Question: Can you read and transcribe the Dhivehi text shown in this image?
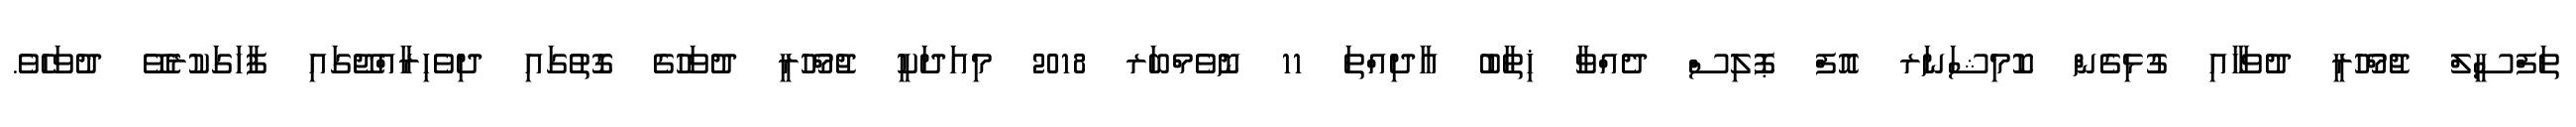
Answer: ތަފްސީލް ޖުމްހޫރީ ދުވަހާއި ގުޅިގެން ކޮމިޝަނަރ އޮފް ޕޮލިސް ދެއްވާ ޚިޠާބު އާދިއްތަ 11 ނޮވެމްބަރ 2018 މިއަދަކީ ޖުމްހޫރީ ދުވަހުގެ ގޮތުގައި ދިވެހިރާއްޖޭގައި ފާހަގަކުރެވޭ ދުވަހެވެ.